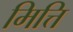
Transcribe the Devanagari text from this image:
मित्ति